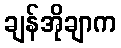
ချန်အိုချာက